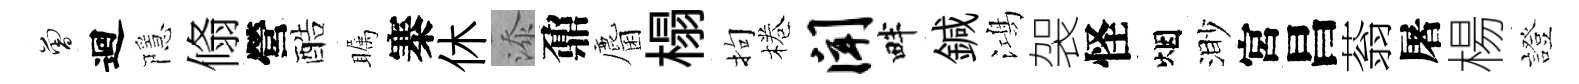
曾迴隱翛營酷瞩寨休添鼐麕榻拘棬闻畔鍼鴻袈怪烟渺宮昌蓊屠楊證